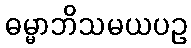
ဓမ္မာဘိသမယပဥ